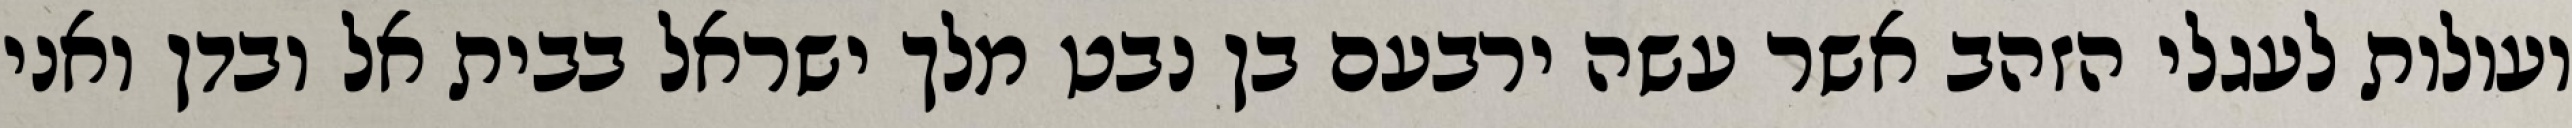
ועולות לעגלי הזהב אשר עשה ירבעם בן נבט מלך ישראל בבית אל ובדן ואני